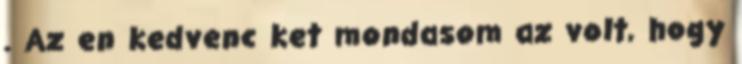
. Az en kedvenc ket mondasom az volt, hogy